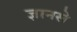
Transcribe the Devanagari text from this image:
ज्ञानसे